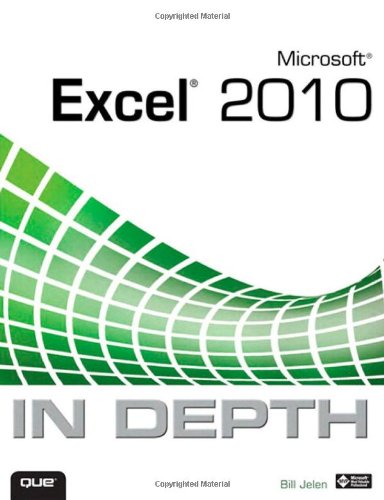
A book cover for Microsoft Excel 2010 In Depth; Bill Jelen; Computers & Technology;